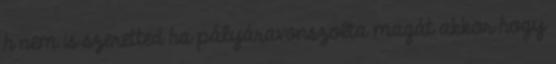
h nem is szeretted ha pályáravonszolta magát akkor hogy